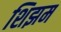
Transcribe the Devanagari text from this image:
शिझम